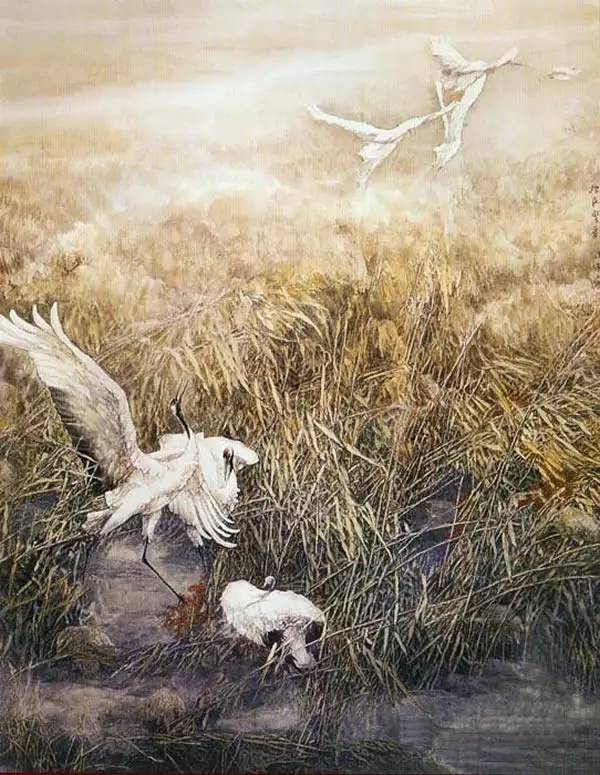
独舞纷如雪，孤飞暧似云。